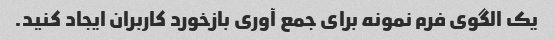
یک الگوی فرم نمونه برای جمع آوری بازخورد کاربران ایجاد کنید.